King Institute of Preventive Medicine Micro-Biological Section reports 1912-19
Year: 1912
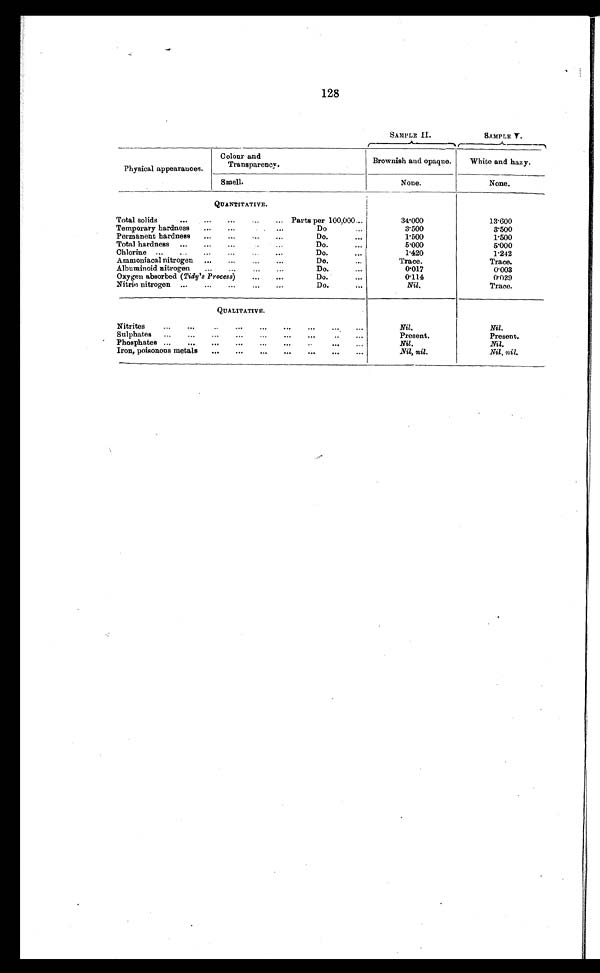
128
SAMPLE II.
SAMPLE V.
Physical appearances.
Colour and Transparency.
Brownish and opaque.
White and hazy.
Smell.
None.
None.
QUANTITATIVE.
Total solids
...
...
...
... Parts per 100,000...
34.000
13.600
Temporary hardness
...
...
. ...
Do
...
3.500
3.500
Permanent hardness
...
...
...
...
Do.
...
1.500
1.500
Total hardness ...
...
...
...
Do.
...
5.000
5.000
Chlorine ...
.....
...
...
...
Do.
...
1.420
1.242
Ammoniacal nitrogen ...
...
Do.
Trace.
Trace.
Albuminoid nitrogen
......
...
Do.
...
0.017
0.003
Oxygen absorbed (Tidy's Process)
...
...
Do.
...
0.114
0.029
Nitric nitrogen ...
...
...
...
...
Do.
...
Nil.
Trace.
QUALITATIVE
Nitrites
...
...
...
...
...
...
Nil.
Nil.
Sulphates
...
...
...
...
...
...
...
..
...
Present.
Present.
Phosphates ...
...
...
...
...
...
...
...
Nil.
Nil.
Iron, poisonous metals
...
...
...
...
...
...
...
Nil, nil.
Nil, nil.